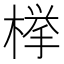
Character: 﨔